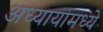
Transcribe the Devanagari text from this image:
अध्यायांमध्ये